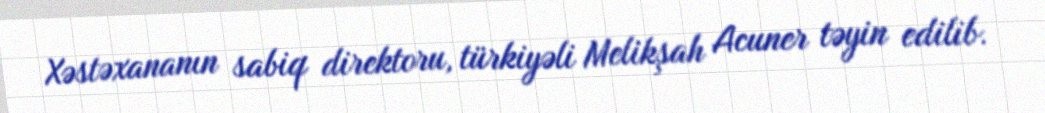
Xəstəxananın sabiq direktoru, türkiyəli Melikşah Acuner təyin edilib.